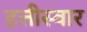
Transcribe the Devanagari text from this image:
हत्तीस्वार